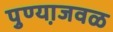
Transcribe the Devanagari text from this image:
पुण्या़जवळ